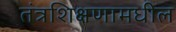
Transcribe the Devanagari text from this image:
तंत्रशिक्षणामधील